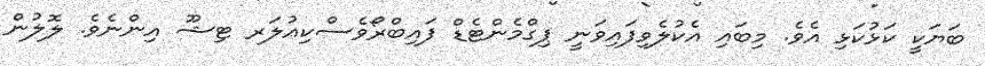
ބަޔަކީ ކަޅުކަޅި އެވެ. މިބައި އެކުލެވިފައިވަނީ ޕިގްމެންޓެޑް ފައިބްރޯވެސްކިއުލަރ ޓިޝޫ އިންނެވެ. ލޮލުން